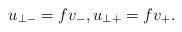
LaTeX: \begin{align*} u_{\perp -}=fv_-,u_{\perp +}=fv_+.\end{align*}